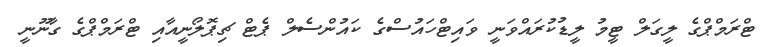
ޓްރަމްޕްގެ ލީގަލް ޓީމު ލީޑުކުރައްވަނީ ވައިޓްހައުސްގެ ކައުންސެލް ޕެޓް ޗިޕޮލޯނީއާއި ޓްރަމްޕްގެ ގާނޫނީ